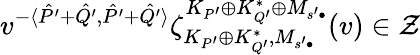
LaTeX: v^{-\langle\hat{P^{\prime}}+\hat{Q^{\prime}},\hat{P^{\prime}}+\hat{Q^{\prime}}\rangle}\zeta_{K_{P^{\prime}}\oplus K_{Q^{\prime}}^{*},M_{s^{\prime}\bullet}}^{K_{P^{\prime}}\oplus K_{Q^{\prime}}^{*}\oplus M_{s^{\prime}\bullet}}(v)\in{\mathcal Z}